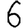
Digit: 6